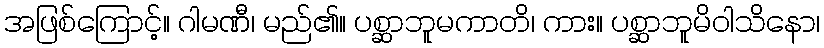
အဖြစ်ကြောင့်။ ဂါမဏီ၊ မည်၏။ ပစ္ဆာဘူမကာတိ၊ ကား။ ပစ္ဆာဘူမိဝါသိနော၊